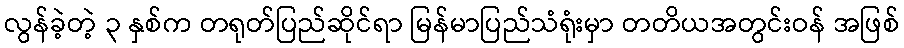
လွန်ခဲ့တဲ့ ၃ နှစ်က တရုတ်ပြည်ဆိုင်ရာ မြန်မာပြည်သံရုံးမှာ တတိယအတွင်းဝန် အဖြစ်